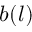
b ( l )